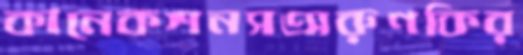
কানেকশনসঅরুণকির